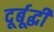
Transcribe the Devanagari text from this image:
दूर्बूद्धी